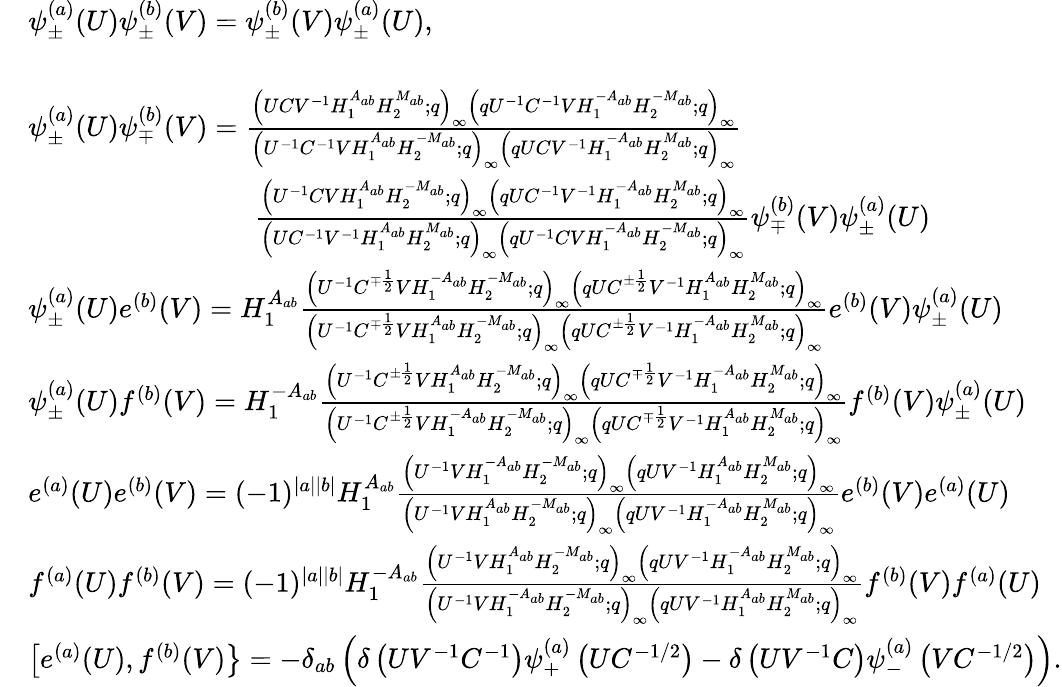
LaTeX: \begin{array}{rl}&{\psi_{\pm}^{(a)}(U)\psi_{\pm}^{(b)}(V)=\psi_{\pm}^{(b)}(V)\psi_{\pm}^{(a)}(U),}\\ &{}\\ &{\psi_{\pm}^{(a)}(U)\psi_{\mp}^{(b)}(V)=\frac{\left(UCV^{-1}H_{1}^{A_{ab}}H_{2}^{M_{ab}};q\right)_{\infty}\left(qU^{-1}C^{-1}VH_{1}^{-A_{ab}}H_{2}^{-M_{ab}};q\right)_{\infty}}{\left(U^{-1}C^{-1}VH_{1}^{A_{ab}}H_{2}^{-M_{ab}};q\right)_{\infty}\left(qUCV^{-1}H_{1}^{-A_{ab}}H_{2}^{M_{ab}};q\right)_{\infty}}}\\ &{\qquad\qquad\qquad\qquad\frac{\left(U^{-1}CVH_{1}^{A_{ab}}H_{2}^{-M_{ab}};q\right)_{\infty}\left(qUC^{-1}V^{-1}H_{1}^{-A_{ab}}H_{2}^{M_{ab}};q\right)_{\infty}}{\left(UC^{-1}V^{-1}H_{1}^{A_{ab}}H_{2}^{M_{ab}};q\right)_{\infty}\left(qU^{-1}CVH_{1}^{-A_{ab}}H_{2}^{-M_{ab}};q\right)_{\infty}}\psi_{\mp}^{(b)}(V)\psi_{\pm}^{(a)}(U)}\\ &{\psi_{\pm}^{(a)}(U)e^{(b)}(V)=H_{1}^{A_{ab}}\frac{\left(U^{-1}C^{\mp\frac{1}{2}}VH_{1}^{-A_{ab}}H_{2}^{-M_{ab}};q\right)_{\infty}\left(qUC^{\pm\frac{1}{2}}V^{-1}H_{1}^{A_{ab}}H_{2}^{M_{ab}};q\right)_{\infty}}{\left(U^{-1}C^{\mp\frac{1}{2}}VH_{1}^{A_{ab}}H_{2}^{-M_{ab}};q\right)_{\infty}\left(qUC^{\pm\frac{1}{2}}V^{-1}H_{1}^{-A_{ab}}H_{2}^{M_{ab}};q\right)_{\infty}}e^{(b)}(V)\psi_{\pm}^{(a)}(U)}\\ &{\psi_{\pm}^{(a)}(U)f^{(b)}(V)=H_{1}^{-A_{ab}}\frac{\left(U^{-1}C^{\pm\frac{1}{2}}VH_{1}^{A_{ab}}H_{2}^{-M_{ab}};q\right)_{\infty}\left(qUC^{\mp\frac{1}{2}}V^{-1}H_{1}^{-A_{ab}}H_{2}^{M_{ab}};q\right)_{\infty}}{\left(U^{-1}C^{\pm\frac{1}{2}}VH_{1}^{-A_{ab}}H_{2}^{-M_{ab}};q\right)_{\infty}\left(qUC^{\mp\frac{1}{2}}V^{-1}H_{1}^{A_{ab}}H_{2}^{M_{ab}};q\right)_{\infty}}f^{(b)}(V)\psi_{\pm}^{(a)}(U)}\\ &{e^{(a)}(U)e^{(b)}(V)=(-1)^{|a||b|}H_{1}^{A_{ab}}\frac{\left(U^{-1}VH_{1}^{-A_{ab}}H_{2}^{-M_{ab}};q\right)_{\infty}\left(qUV^{-1}H_{1}^{A_{ab}}H_{2}^{M_{ab}};q\right)_{\infty}}{\left(U^{-1}VH_{1}^{A_{ab}}H_{2}^{-M_{ab}};q\right)_{\infty}\left(qUV^{-1}H_{1}^{-A_{ab}}H_{2}^{M_{ab}};q\right)_{\infty}}e^{(b)}(V)e^{(a)}(U)}\\ &{f^{(a)}(U)f^{(b)}(V)=(-1)^{|a||b|}H_{1}^{-A_{ab}}\frac{\left(U^{-1}VH_{1}^{A_{ab}}H_{2}^{-M_{ab}};q\right)_{\infty}\left(qUV^{-1}H_{1}^{-A_{ab}}H_{2}^{M_{ab}};q\right)_{\infty}}{\left(U^{-1}VH_{1}^{-A_{ab}}H_{2}^{-M_{ab}};q\right)_{\infty}\left(qUV^{-1}H_{1}^{A_{ab}}H_{2}^{M_{ab}};q\right)_{\infty}}f^{(b)}(V)f^{(a)}(U)}\\ &{\left[e^{(a)}(U),f^{(b)}(V)\right\} =-\delta_{ab}\left(\delta\left(UV^{-1}C^{-1}\right)\psi_{+}^{(a)}\left(UC^{-1/2}\right)-\delta\left(UV^{-1}C\right)\psi_{-}^{(a)}\left(VC^{-1/2}\right)\right).}\end{array}